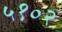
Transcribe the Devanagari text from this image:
५१०२